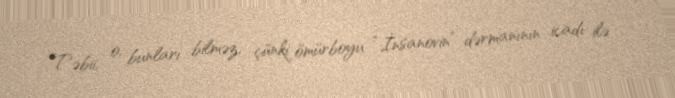
Təbii, o, bunları bilməz, çünki ömürboyu “İnsanovin” dərmanının icadı ilə